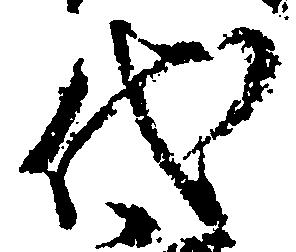
代